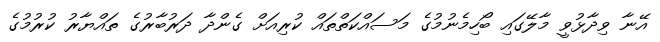
އޭނާ ވިދާޅުވީ މާލޭގައި ބޯހިމެނުމުގެ މަސައްކަތްތައް ކުރިއަށް ގެންދާ ދަރުބާރުގެ ތައްޔާރު ކުރުމުގެ